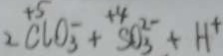
2 ^ { + 5 } C l O _ { 3 } + ^ { + 4 } S O _ { 3 } ^ { 2 - } + H ^ { + }